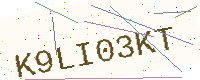
Text: K9LI03KT